Scottish Leaving Certificate Examination, 1955
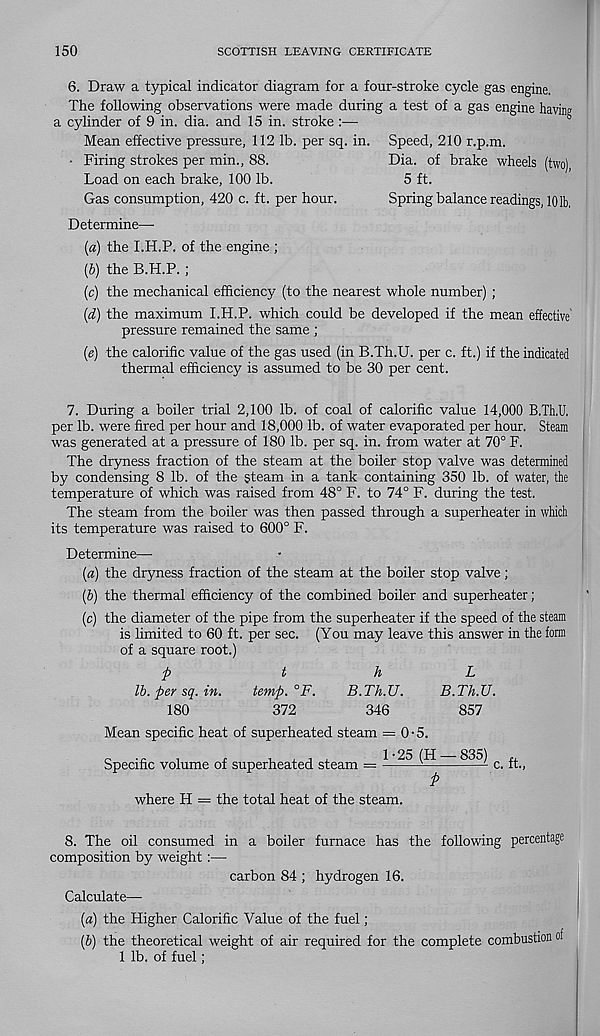
150
SCOTTISH LEAVING CERTIFICATE
6. Draw a typical indicator diagram for a four-stroke cycle gas engine.
The following observations were made during a test of a gas engine having
a cylinder of 9 in. dia. and 15 in. stroke :•—•
Mean effective pressure, 112 lb. per sq. in.
• Firing strokes per min., 88.
Load on each brake, 100 lb.
Gas consumption, 420 c. ft. per hour.
Determine—-
Speed, 210 r.p.m.
Dia. of brake wheels (two)
5 ft.
Spring balance readings, 101b.
(a) the I.H.P. of the engine ;
(b) the B.H.P.;
(c) the mechanical efficiency (to the nearest whole number) ;
(d) the maximum I.H.P. which could be developed if the mean effective
pressure remained the same ;
(e) the calorific value of the gas used (in B.Th.U. per c. ft.) if the indicated
thermal efficiency is assumed to be 30 per cent.
7. During a boiler trial 2,100 lb. of coal of calorific value 14,000 B.Th.U,
per lb. were fired per hour and 18,000 lb. of water evaporated per hour. Steam
was generated at a pressure of 180 lb. per sq. in. from water at 70° F.
The dryness fraction of the steam at the boiler stop valve was determined
by condensing 8 lb. of the steam in a tank containing 350 lb. of water, the
temperature of which was raised from 48° F. to 74° F. during the test.
The steam from the boiler was then passed through a superheater in which
its temperature was raised to 600° F.
Determine—
(a) the dryness fraction of the steam at the boiler stop valve;
(b) the thermal efficiency of the combined boiler and superheater;
(c) the diameter of the pipe from the superheater if the speed of the steam
is limited to 60 ft. per sec. (You may leave this answer in the form
of a square root.)
p
t
h
L
lb. per sq. in.
temp.°F.
B.Th.U.
B.Th.U.
180
372
346
857
Mean specific heat of superheated steam = 0-5.
Specific volume of superheated steam = * ^ ^c. ft.,
P
where H = the total heat of the steam.
8. The oil consumed in a boiler furnace has the following percentage
composition by weight:—
carbon 84 ; hydrogen 16.
Calculate—
(a) the Higher Calorific Value of the fuel;
(b) the theoretical weight of air required for the complete combustion of
1 lb. of fuel;